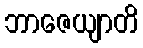
ဘာဇေယျာတိ